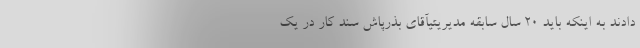
دادند به اینکه باید ۲۰ سال سابقه مدیریتیآقای بذرپاش سند کار در یک